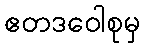
ဧတဒဝေါစုမှ